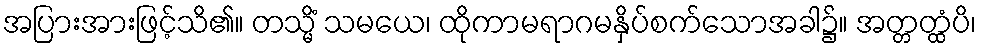
အပြားအားဖြင့်သိ၏။ တသ္မိံ သမယေ၊ ထိုကာမရာဂမနှိပ်စက်သောအခါ၌။ အတ္တတ္ထံပိ၊